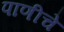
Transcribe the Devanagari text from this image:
पाणीचे